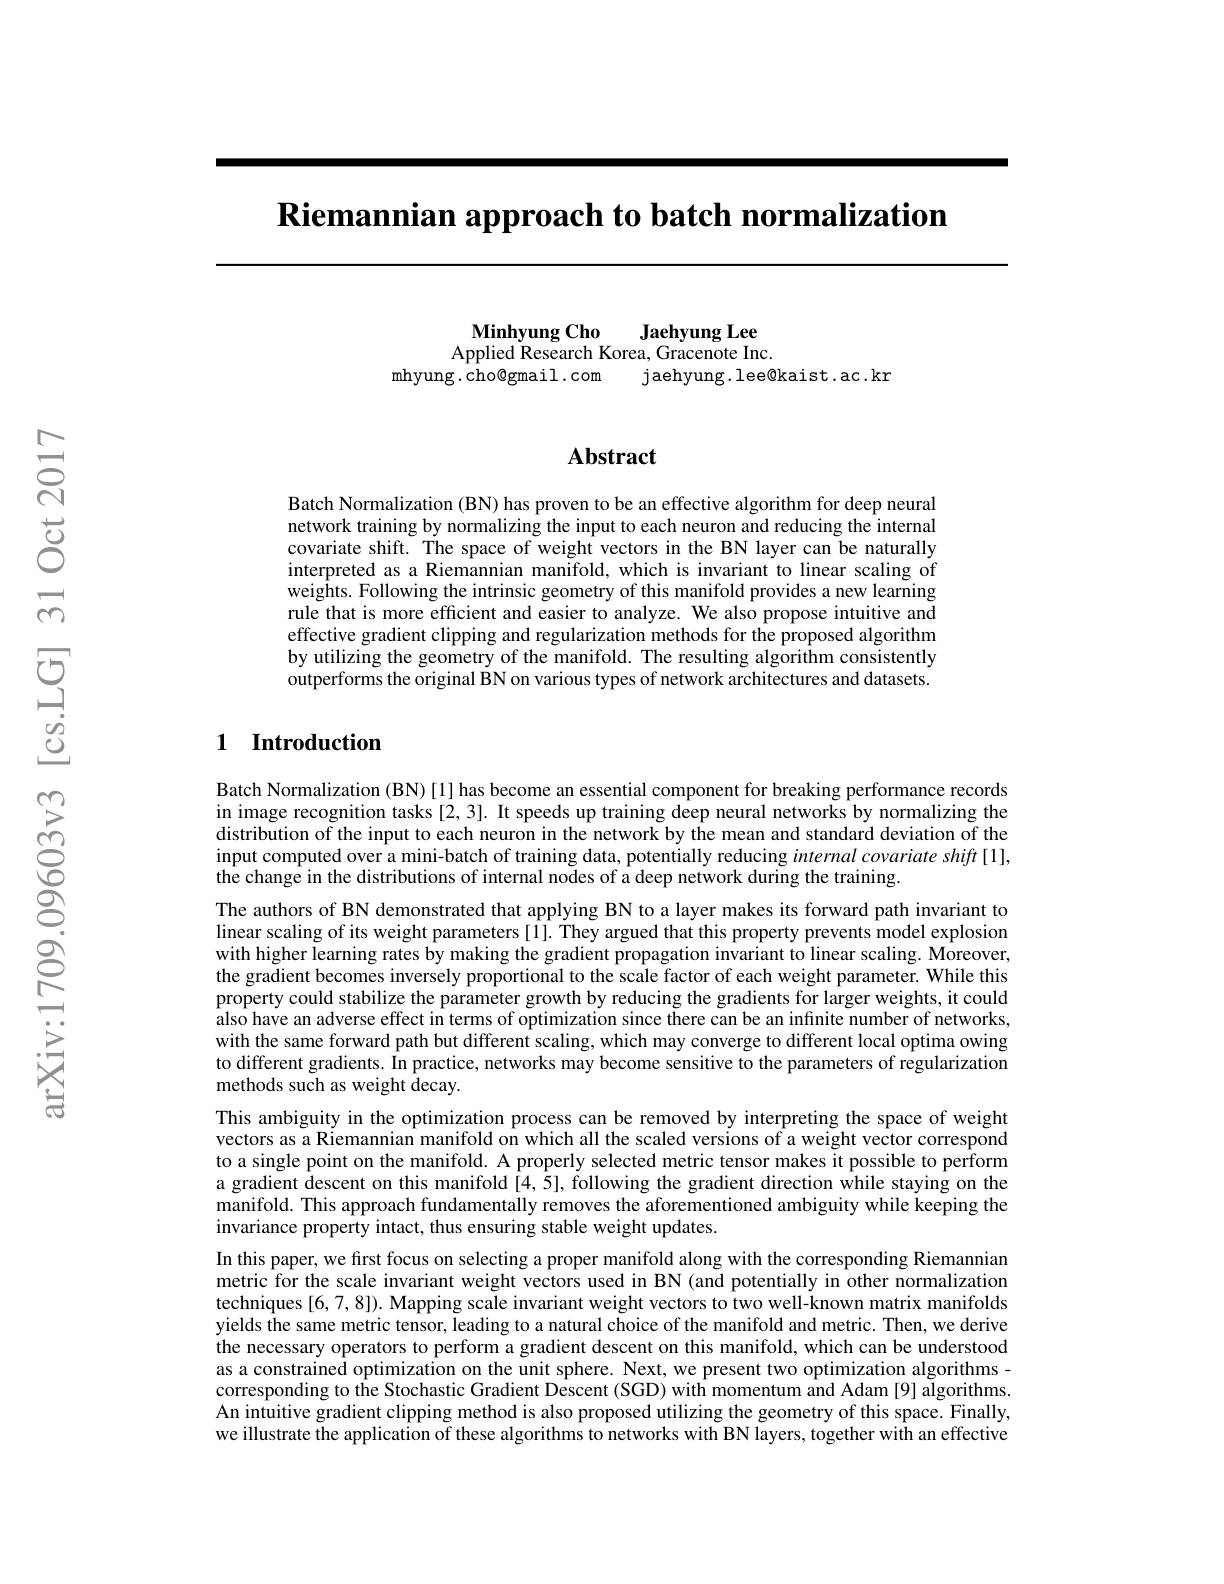
$\textbf{Riemannian approach to batch normalization}$

Minhyung Cho
Jaehyung Lee
Applied Research Korea, Gracenote Inc.
mhyung.cho@gmail.com
jaehyung. lee@kaist. ac. kr

### $\mathbf{Abstract}$

Batch Normalization (BN) has proven to be an effective algorithm for deep neural network training by normalizing the input to each neuron and reducing the internal covariate shift. The space of weight vectors in the BN layer can be naturally interpreted as a Riemannian manifold, which is invariant to linear scaling of weights. Following the intrinsic geometry of this manifold provides a new learning rule that is more efficient and easier to analyze. We also propose intuitive and effective gradient clipping and regularization methods for the proposed algorithm by utilizing the geometry of the manifold. The resulting algorithm consistently outperforms the original $\v\text{BN on various types of network architectures and datasets.}$

### 1 Introduction

Batch Normalization (BN)[1] has become an essential component for breaking performance records in image recognition tasks [2,3]. It speeds up training deep neural networks by normalizing the distribution of the input to each neuron in the network by the mean and standard deviation of the input computed over a mini-batch of training data, potentially reducing internal covariate shift[1], the change in the distributions of internal nodes of a deep network during the training.
The authors of BN demonstrated that applying BN to a layer makes its forward path invariant to linear scaling of its weight parameters [1]. They argued that this property prevents model explosion with higher learning rates by making the gradient propagation invariant to linear scaling. Moreover, the gradient becomes inversely proportional to the scale factor of each weight parameter. While this property could stabilize the parameter growth by reducing the gradients for larger weights, it could also have an adverse effect in terms of optimization since there can be an infinite number of networks, with the same forward path but different scaling, which may converge to different local optima owing to different gradients. In practice, networks may become sensitive to the parameters of regularization methods such as weight decay.
This ambiguity in the optimization process can be removed by interpreting the space of weight vectors as a Riemannian manifold on which all the scaled versions of a weight vector correspond to a single point on the manifold. A properly selected metric tensor makes it possible to perform a gradient descent on this manifold [4,5], following the gradient direction while staying on the manifold. This approach fundamentally removes the aforementioned ambiguity while keeping the invariance property intact, thus ensuring stable weight updates.
In this paper, we first focus on selecting a proper manifold along with the corresponding Riemannian metric for the scale invariant weight vectors used in BN (and potentially in other normalization techniques [6,7,8]). Mapping scale invariant weight vectors to two well-known matrix manifolds yields the same metric tensor, leading to a natural choice of the manifold and metric. Then, we derive ithe necessary operators to perform a gradient descent on this manifold, which can be understood as a constrained optimization on the unit sphere. Next, we present two optimization algorithms - corresponding to the Stochastic Gradient Descent (SGD) with momentum and Adam [9] algorithms. An intuitive gradient clipping method is also proposed utilizing the geometry of this space. Finally, we illustrate the application of these algorithms to networks with BN layers, together with an effective